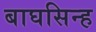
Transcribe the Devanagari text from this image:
बाघसिन्ह